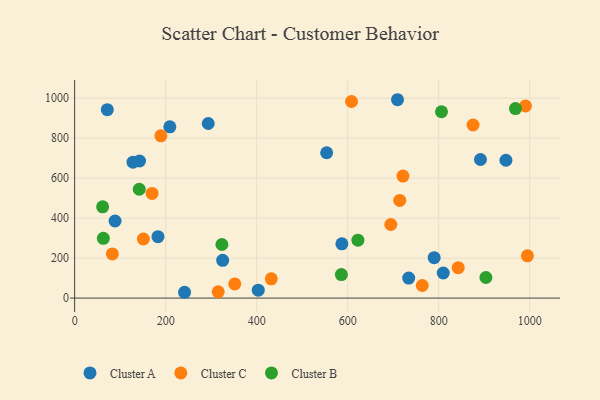
{"axis": {"x": "Investment", "y": "Salary"}, "legend": ["Cluster A", "Cluster B", "Cluster C"], "data": [{"x": "891.8", "y": 693.4, "type": "Cluster A"}, {"x": "183.1", "y": 307.4, "type": "Cluster A"}, {"x": "325.3", "y": 188.9, "type": "Cluster A"}, {"x": "71.8", "y": 942.5, "type": "Cluster A"}, {"x": "241.5", "y": 29.1, "type": "Cluster A"}, {"x": "293.6", "y": 873.4, "type": "Cluster A"}, {"x": "142.6", "y": 685.7, "type": "Cluster A"}, {"x": "209.2", "y": 856.6, "type": "Cluster A"}, {"x": "810.0", "y": 125.6, "type": "Cluster A"}, {"x": "88.8", "y": 385.6, "type": "Cluster A"}, {"x": "709.5", "y": 992.3, "type": "Cluster A"}, {"x": "128.3", "y": 679.9, "type": "Cluster A"}, {"x": "734.1", "y": 100.2, "type": "Cluster A"}, {"x": "947.8", "y": 689.6, "type": "Cluster A"}, {"x": "790.1", "y": 202.1, "type": "Cluster A"}, {"x": "553.8", "y": 727.1, "type": "Cluster A"}, {"x": "587.3", "y": 271.7, "type": "Cluster A"}, {"x": "403.5", "y": 39.4, "type": "Cluster A"}, {"x": "170.1", "y": 523.4, "type": "Cluster C"}, {"x": "189.5", "y": 811.8, "type": "Cluster C"}, {"x": "721.5", "y": 610.3, "type": "Cluster C"}, {"x": "763.9", "y": 62.9, "type": "Cluster C"}, {"x": "608.5", "y": 983.4, "type": "Cluster C"}, {"x": "714.4", "y": 488.6, "type": "Cluster C"}, {"x": "990.6", "y": 960.8, "type": "Cluster C"}, {"x": "694.8", "y": 368.1, "type": "Cluster C"}, {"x": "875.6", "y": 865.9, "type": "Cluster C"}, {"x": "994.9", "y": 211.4, "type": "Cluster C"}, {"x": "351.9", "y": 70.7, "type": "Cluster C"}, {"x": "432.1", "y": 96.3, "type": "Cluster C"}, {"x": "842.9", "y": 152.1, "type": "Cluster C"}, {"x": "315.5", "y": 31.3, "type": "Cluster C"}, {"x": "82.9", "y": 220.8, "type": "Cluster C"}, {"x": "151.0", "y": 295.5, "type": "Cluster C"}, {"x": "806.2", "y": 932.1, "type": "Cluster B"}, {"x": "622.5", "y": 289.6, "type": "Cluster B"}, {"x": "903.8", "y": 103.1, "type": "Cluster B"}, {"x": "586.2", "y": 117.4, "type": "Cluster B"}, {"x": "142.0", "y": 544.5, "type": "Cluster B"}, {"x": "968.7", "y": 948.2, "type": "Cluster B"}, {"x": "323.6", "y": 268.1, "type": "Cluster B"}, {"x": "63.1", "y": 298.9, "type": "Cluster B"}, {"x": "61.5", "y": 456.3, "type": "Cluster B"}]}